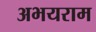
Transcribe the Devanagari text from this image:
अभयराम